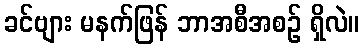
ခင်ဗျား မနက်ဖြန် ဘာအစီအစဉ် ရှိလဲ။